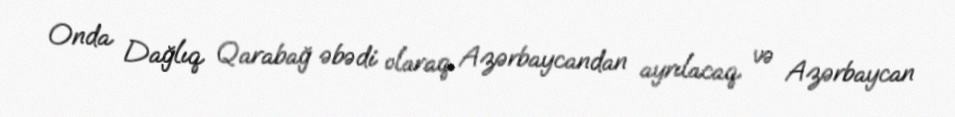
Onda Dağlıq Qarabağ əbədi olaraq Azərbaycandan ayrılacaq və Azərbaycan